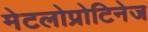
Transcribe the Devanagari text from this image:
मेटलोप्रोटिनेज